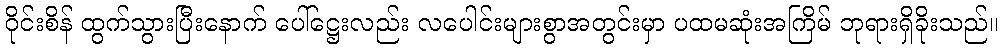
ဝိုင်းစိန် ထွက်သွားပြီးနောက် ပေါ်ဋ္ဌေးလည်း လပေါင်းများစွာအတွင်းမှာ ပထမဆုံးအကြိမ် ဘုရားရှိခိုးသည်။